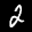
Label: 2